King Institute of Preventive Medicine Micro-Biological Section reports 1909-11
Year: 1909
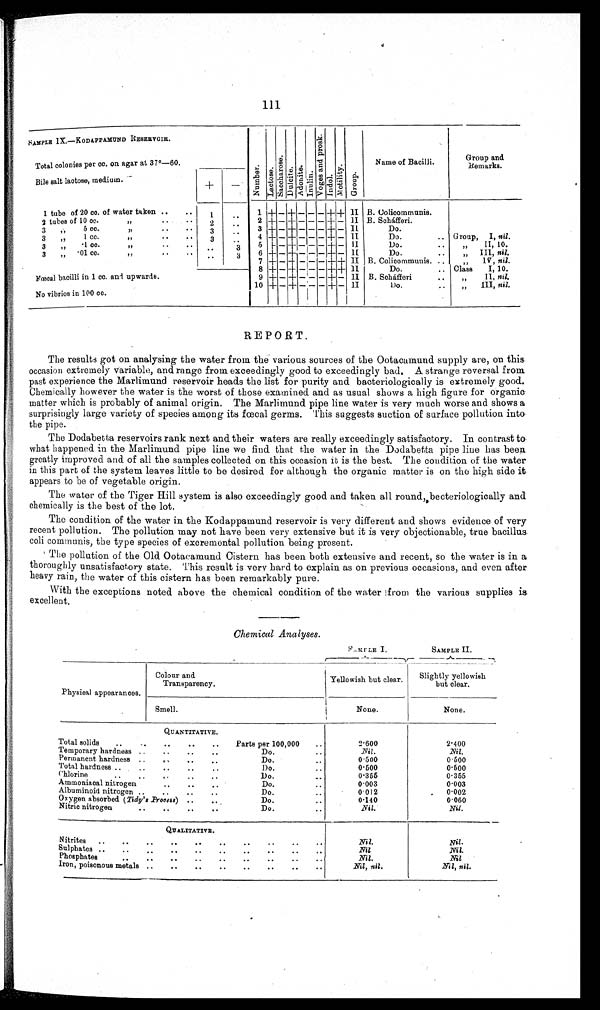
111
SAMPLE 1X.—KODAPPAMUNDRESERVOIR.
Numbe r
L a c t o s e
S a c c h a r o s e
D u l c i t e
A d o n i t e
I n u l i n
I n u l i n
V o g e s a n d p r o s k
I n d o l
M o t i l i t y
G r o u p
Name of Bacilli.
Group and
Remarks.
Total colonies per cc. on agar at 37˚— 60
Bile salt lactose, medium.
+
—
1
+ — + — – + +
II B. Colicommunis.
1 tube of 20 co. of water taken
. . . . . .
1
. .
2
tubes of 10 cc.
„
2 + — + — — — + —
II
B. Scháfferi.
Group
I n i l
2 2
. .
3
„ „
5 cc.
„ „
3
+ —– + — — —
—
II
Do.
"
I I
n i l
3
„ „
3
„
1 cc.
"
4
+ — +
+
— — —
+
+ —
II
Do.
.. G roup, I, nil.
4
. .
3
„
.1 00
,I
..
..
, ,
..
„
5
+ — + — ,— — + —
II
Do.
. .
"II, 10.
III, nil.
. .
..
+ _ +
—
_ _ + _
II
Do.
„
6
..
3
3
" .01. cc. „
7 + — + _ _ — +
++
II
B. Colicommunis.
. . . .
„
V, nil.
Fœcal bacilli in 1 cc. and upwards.
8
+ — + — — — +
+
II
Do.
.. Class
I, 10.
9
+ — + — _ _ — + —
II
B. Soháfferi
II, nil.
10
+ — + — — — + — II
no...
„ nil
III, .
No vibrios in 100 cc.
REPORT.
The results got on analysing the water from the various sources of the Ootacamund supply are, on this
occasion extremely variable, and range from exceedingly good to exceedingly bad. A strange reversal from
past experience the Marlimund reservoir heads the list for purity and bacteriologically is extremely good.
Chemically however the water is the worst of those examined and as usual shows a high figure for organic
matter which is probably of animal origin. The Marlimund pipe line water is very much worse and shows a
surprisingly large variety of species among its fœcal germs. This suggests suction of surface pollution into
the pipe.
The Dodabetta reservoirs rank next and their waters are really exceedingly satisfactory. In contrast to
what happened in the Marlimund pipe line we find that the water in the Dodabetta pipe line has been
greatly improved and of all the samples collected on this occasion it is the best. The condition of the water
in this part of the system leaves little to be desired for although the organic matter is on the high side it
appears to be of vegetable origin.
The water of the Tiger Hill system is also exceedingly good and taken all round, becteriologically and
chemically is the best of the lot.
The condition of the water in the Kodappamund reservoir is very different and shows evidence of very
recent pollution. The pollution may not have been very extensive but it is very objectionable, true bacillus
coli communis, the type species of excremental pollution being present.
The pollution of the Old Ootacamund Cistern has been both extensive and recent, so the water is in a
thoroughly unsatisfactory state. This result is very hard to explain as on previous occasions, and even after
heavy rain, the water of this cistern has been remarkably pure.
With the exceptions noted above the chemical condition of the water from the various supplies is
excellent.
Chemical Analyses.
.
SAMPLE I. SAMPLE II
Physical appearances.
Colour and
Transparency.
Yellowish but clear.
Slightly yellowish
but clear.
Smell.
None.
None.
QUANTITATIVE.
Total solids
..
..
..
..
..
Parts per 100,000
..
2.600
2.400
Temporary hardness ..
..
..
..
Do.
Nil.
Nil.
Permanent hardness ..
...
..
..
Do....
0.500
0.500
Total hardness ..
..
..
..
..
Do.
0.500
0.500
Chlorin
"
..
—
.,
. .
Do.
—
0.355
0.355
Ammoniaoal nitrogen
..
..
..
Do.
0.003
0.003
Albuminoid nitrogen ..
..
..
..
Do...
0.012
,
0.002
Oxygen absorbed (Tidy's .Process) ..
Do...
0.060
Nitric nitrogen
..
..
..
..
Do.
. .
Nil.
Nil.
QUALITATIVE.
Nitrites ..
..
..
..
..
..
..
..
..
. .
Nil.
Nil.
Sulphates ..
....
..... .
..
....
. .
Nil
Nil.
Phosphates
...
.. .. ..
..
..
..
..
. .
Nil.
Nil
Iron, poisonous metals ..
..
..
. .
.
. . .
Nil, nil.
Nil, nil.